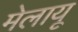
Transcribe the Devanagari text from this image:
मेलायू